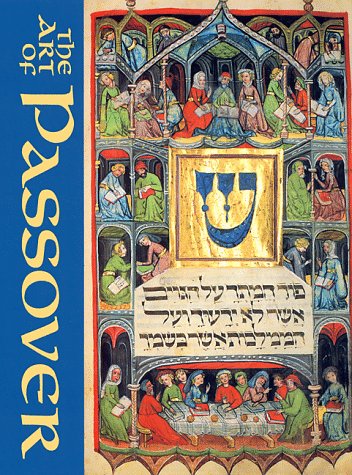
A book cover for Art of Passover; Stephen O. Parnes; Religion & Spirituality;